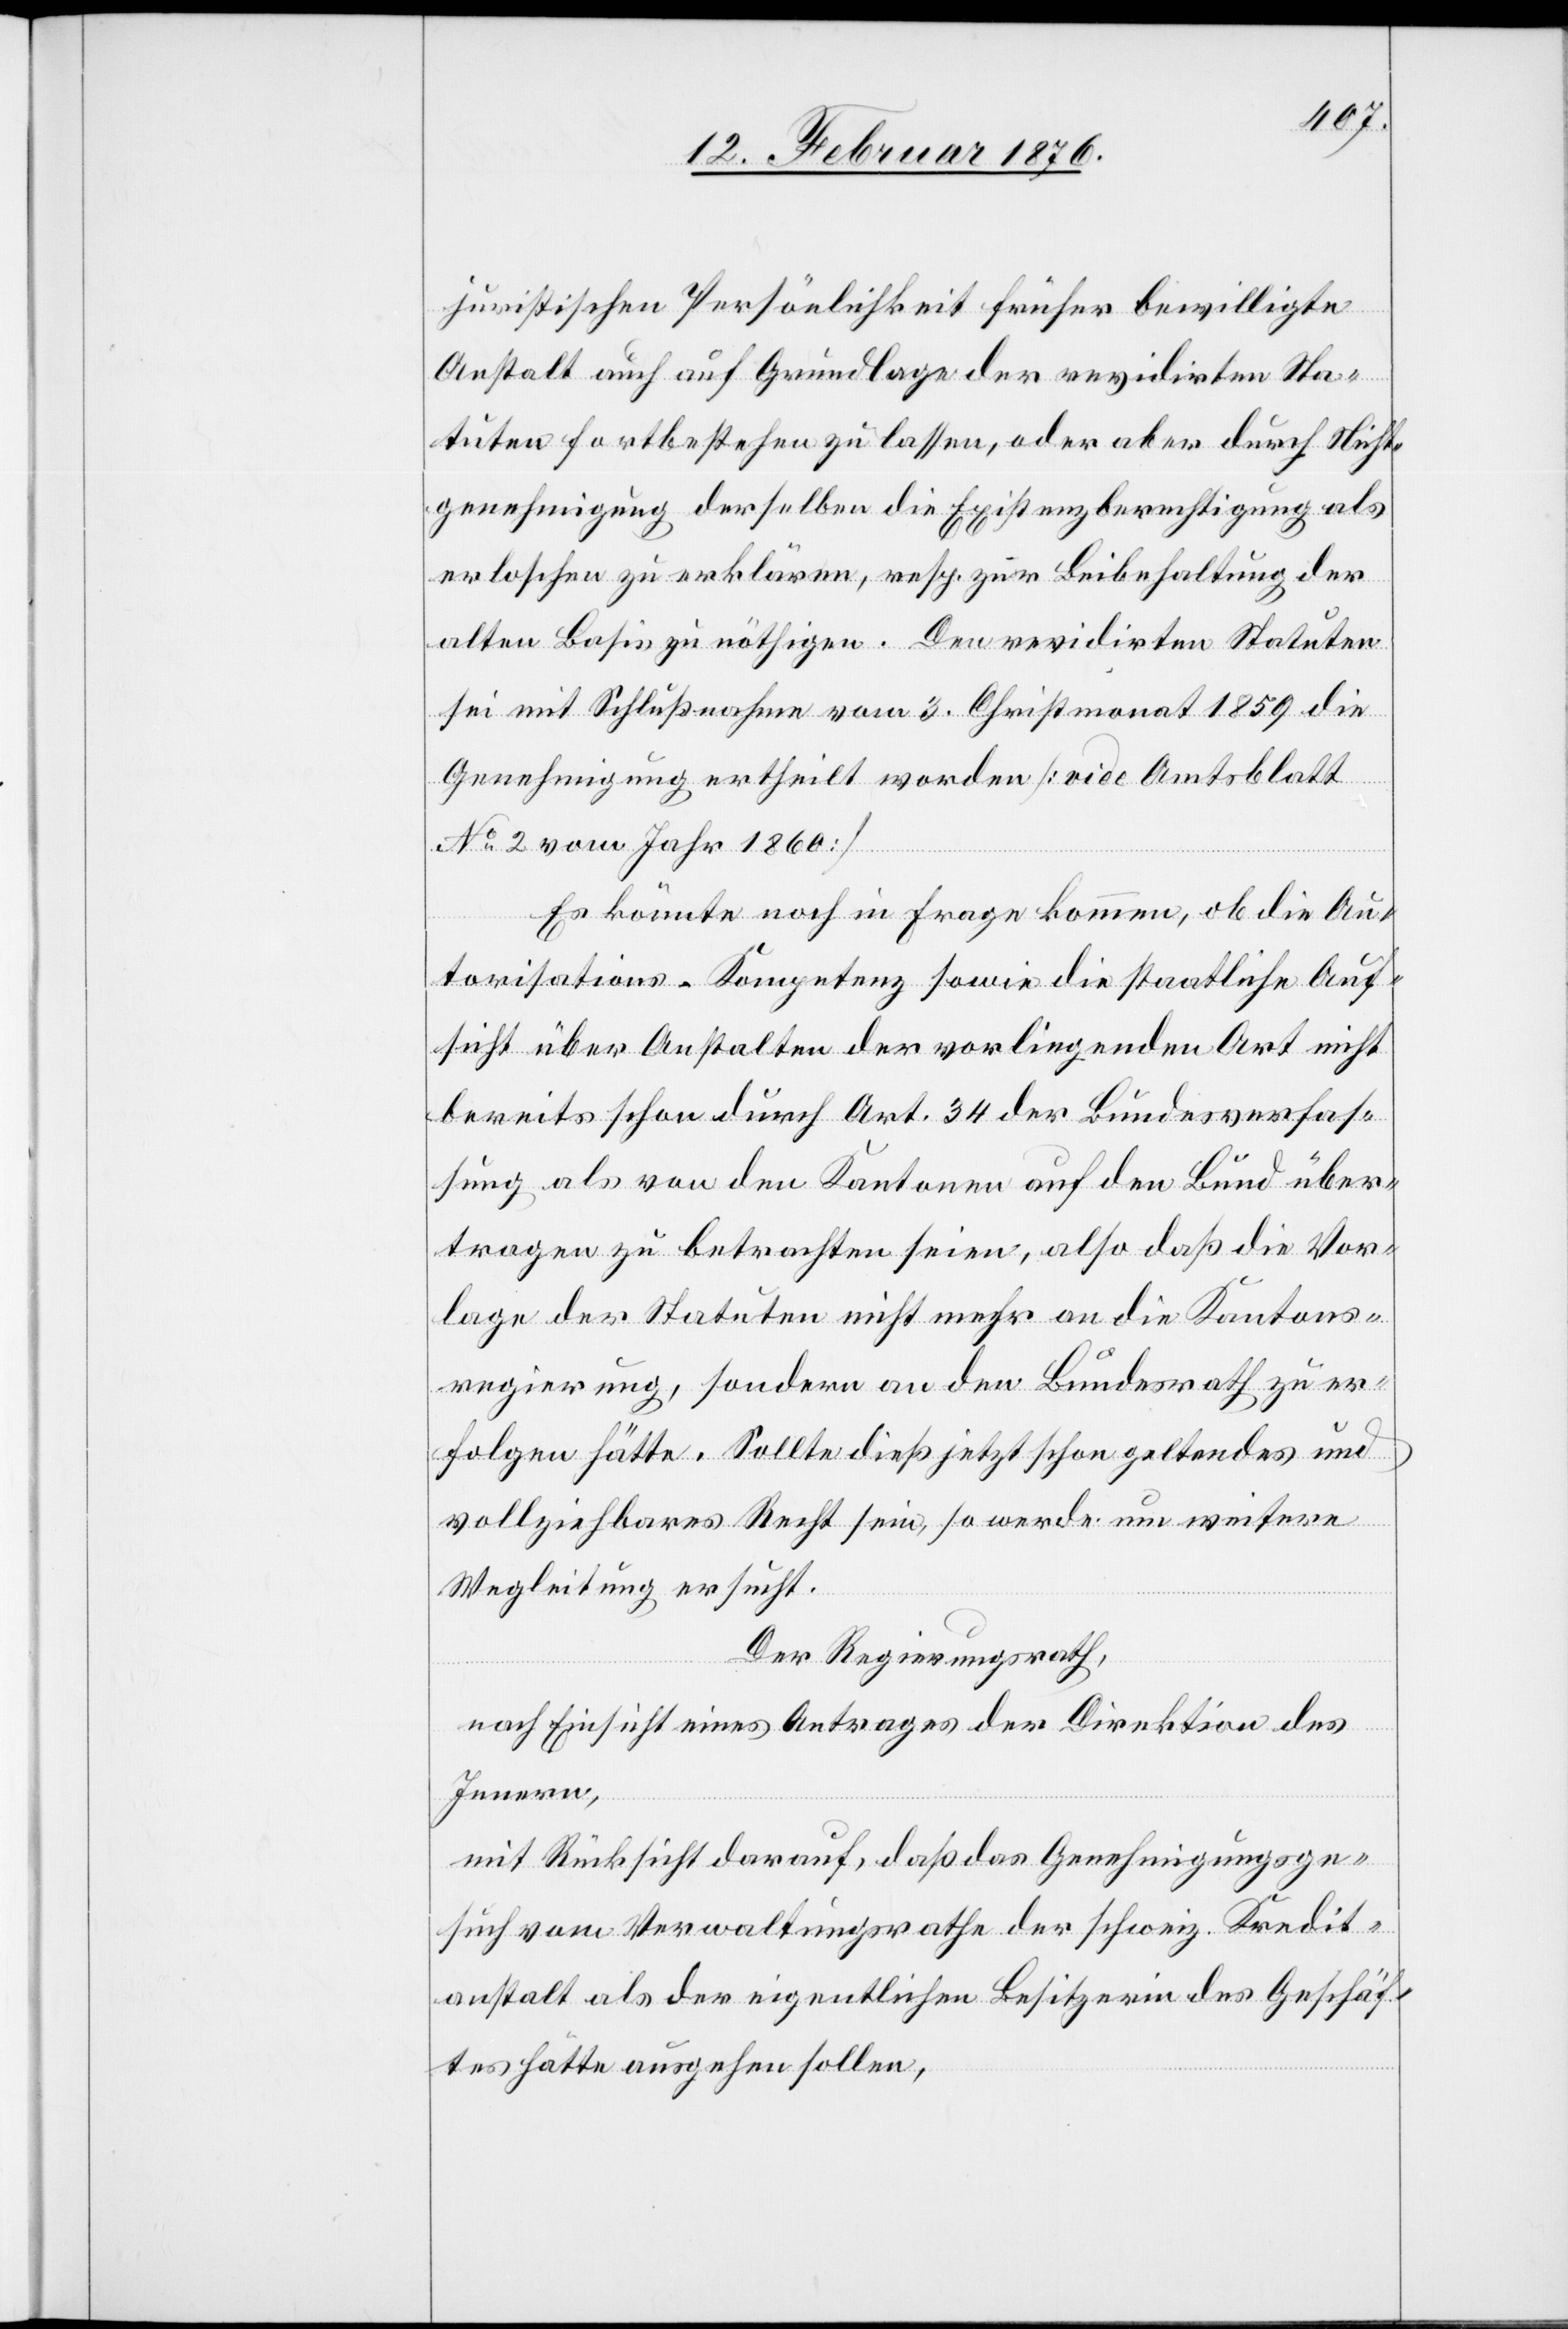
juristischen Persönlichkeit früher bewilligte
Anstalt auch auf Grundlage der revidirten Sta¬
tuten fortbestehen zu lassen, oder aber durch Nicht¬
genehmigung derselben die Existenzberechtigung als
erloschen zu erklären, resp. zur Beibehaltung der
alten Basis zu nöthigen. Den revidirten Statuten
sei mit Schlußnahme vom 3. Christmonat 1859 die
Genehmigung ertheilt worden [vide Amtsblatt
No 2 vom Jahr 1860][.]
Es könnte noch in Frage kommen, ob die Au¬
torisations-Kompetenz sowie die staatliche Auf¬
sicht über Anstalten der vorliegenden Art nicht
bereits schon durch Art. 34 der Bundesverfas¬
sung als von den Kantonen auf den Bund über¬
tragen zu betrachten seien, also daß die Vor¬
lage der Statuten nicht mehr an die Kantons¬
regierung, sondern an den Bundesrath zu er¬
folgen hätte. Sollte dieß jetzt schon geltendes und
vollziehbares Recht sein, so werde um weitere
Wegleitung ersucht.
Der Regierungsrath,
nach Einsicht eines Antrages der Direktion des
Innern,
mit Rücksicht darauf, daß das Genehmigungsge¬
such vom Verwaltungsrathe der schweiz. Kredit¬
anstalt als der eigentlichen Besitzerin des Geschäf¬
tes hätte angehen sollen,